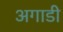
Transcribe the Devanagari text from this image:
अगाडी